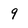
Character: 9